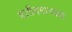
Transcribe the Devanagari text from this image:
प्रतीयमानवाद